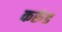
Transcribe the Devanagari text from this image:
करुंड